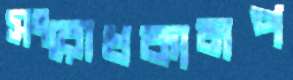
সংরোধকামপ